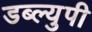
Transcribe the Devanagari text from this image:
डब्ल्युपी